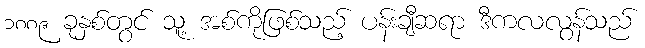
၁၈၈၉ ခုနှစ်တွင် သူ့ အစ်ကိုဖြစ်သည့် ပန်းချီဆရာ ဒီကလလွန်သည်